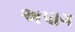
અપાગ